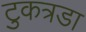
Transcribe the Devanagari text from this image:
टुकत्रडा